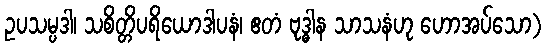
ဥပသမ္ပဒါ၊ သစိတ္တိပရိယောဒါပနံ၊ ဧတံ ဗုဒ္ဓါန သာသနံဟု ဟောအပ်သော)